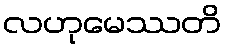
လဟုမေဿတိ